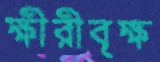
ক্ষীরীবৃক্ষ